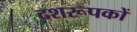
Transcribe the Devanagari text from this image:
दशरूपकों